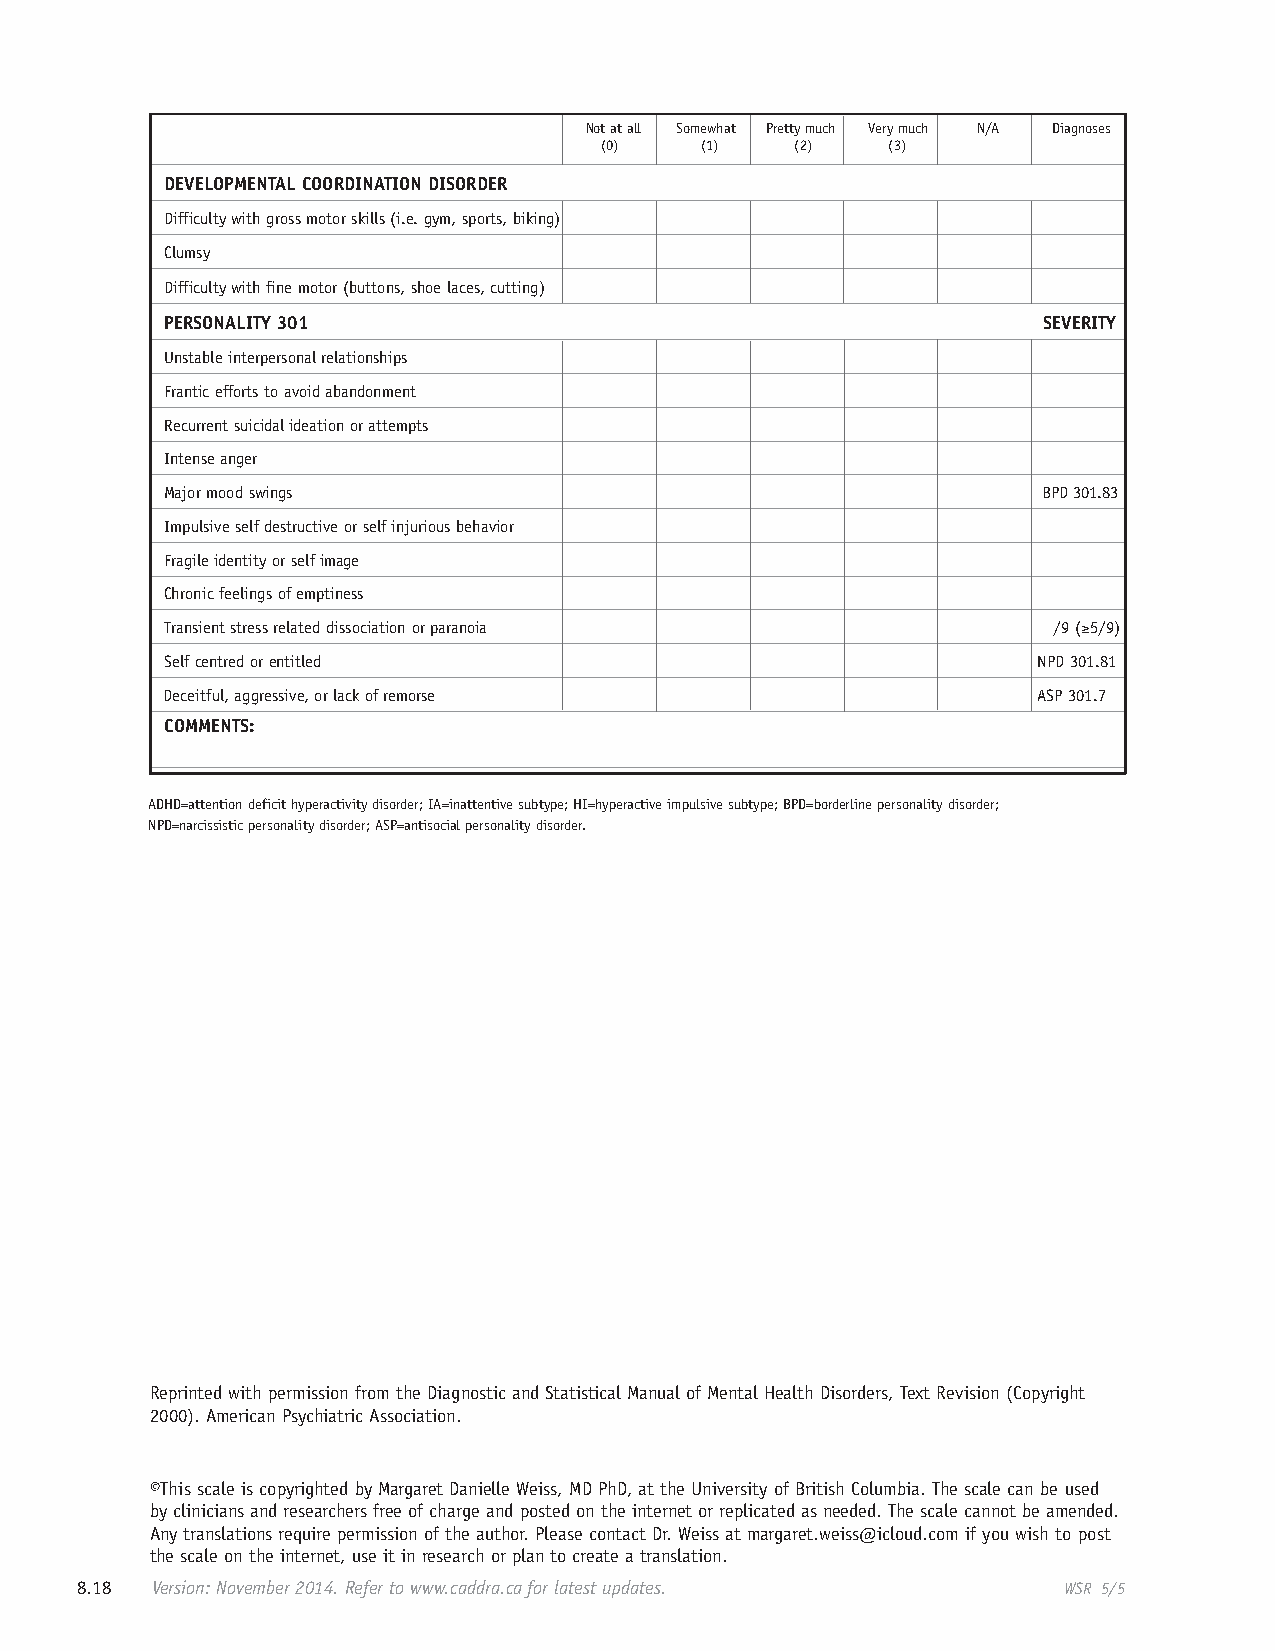
Not at all Somewhat Pretty much Very much N/A Diagnoses
 (0)   (1)    (2)   (3)
 DEVELOPMENTAL COORDINATION DISORDER
 Difficulty with gross motor skills (i.e. gym, sports, biking)
 Clumsy
 Difficulty with fine motor (buttons, shoe laces, cutting)
 PERSONALITY 301                                           SEVERITY
 Unstable interpersonal relationships
 Frantic efforts to avoid abandonment
 Recurrent suicidal ideation or attempts
 Intense anger
 Major mood swings                                         BPD 301.83
 Impulsive self destructive or self injurious behavior
 Fragile identity or self image
 Chronic feelings of emptiness
 Transient stress related dissociation or paranoia          /9 (≥5/9)
 Self centred or entitled                                  NPD 301.81
 Deceitful, aggressive, or lack of remorse                 ASP 301.7
 COMMENTS:
 ADHD=attention deficit hyperactivity disorder; IA=inattentive subtype; HI=hyperactive impulsive subtype; BPD=borderline personality disorder;
 NPD=narcissistic personality disorder; ASP=antisocial personality disorder.
 Reprinted with permission from the Diagnostic and Statistical Manual of Mental Health Disorders, Text Revision (Copyright
 2000). American Psychiatric Association.
 ©This scale is copyrighted by Margaret Danielle Weiss, MD PhD, at the University of British Columbia. The scale can be used
 by clinicians and researchers free of charge and posted on the internet or replicated as needed. The scale cannot be amended.
 Any translations require permission of the author. Please contact Dr. Weiss at margaret.weiss@icloud.com if you wish to post
 the scale on the internet, use it in research or plan to create a translation.
 8.18 Version: November 2014. Refer to www.caddra.ca for latest updates. WSR 5/5